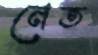
নেত